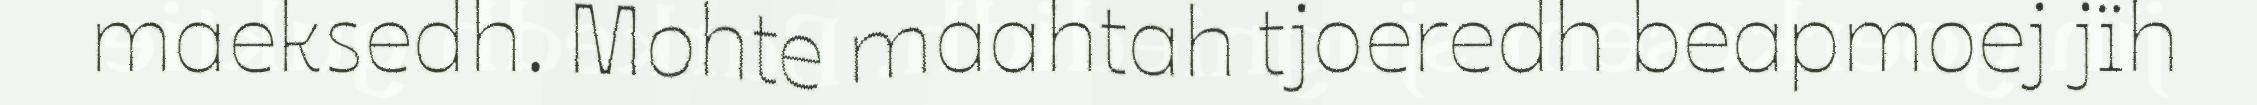
maeksedh. Mohte maahtah tjoeredh beapmoej jïh